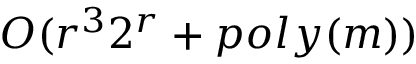
O ( r ^ { 3 } 2 ^ { r } + p o l y ( m ) )